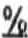
%